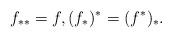
LaTeX: \begin{align*}f_{\ast\ast}=f,(f_\ast)^\ast=(f^\ast)_\ast.\end{align*}